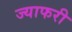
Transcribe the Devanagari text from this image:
ज्याफरी